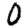
Digit: 0